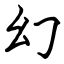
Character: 幻